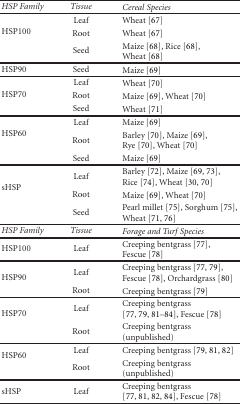
| HSP Family | Tissue | Cereal Species |
 | --- | --- | --- |
 | <ROWSPAN=3> HSP100 | Leaf | Wheat [67] |
 | Root | Wheat [67] |
 | Seed | Maize [68], Rice [68], Wheat [68] |
 | HSP90 | Seed | Maize [69] |
 | <ROWSPAN=3> HSP70 | Leaf | Wheat [70] |
 | Root | Maize [69], Wheat [70] |
 | Seed | Wheat [71] |
 | <ROWSPAN=3> HSP60 | Leaf | Maize [69] |
 | Root | Barley [70], Maize [69], Rye [70], Wheat [70] |
 | Seed | Maize [69] |
 | <ROWSPAN=3> sHSP | Leaf | Barley [72], Maize [69, 73], Rice [74], Wheat [30, 70] |
 | Root | Maize [69], Wheat [70] |
 | Seed | Pearl millet [75], Sorghum [75], Wheat [71, 76] |
 | HSP Family | Tissue | Forage and Turf Species |
 | HSP100 | Leaf | Creeping bentgrass [77], Fescue [78] |
 | <ROWSPAN=2> HSP90 | Leaf | Creeping bentgrass [77, 79], Fescue [78], Orchardgrass [80] |
 | Root | Creeping bentgrass [79] |
 | <ROWSPAN=2> HSP70 | Leaf | Creeping bentgrass [77, 79, 81–84], Fescue [78] |
 | Root | Creeping bentgrass (unpublished) |
 | <ROWSPAN=2> HSP60 | Leaf | Creeping bentgrass [79, 81, 82] |
 | Root | Creeping bentgrass (unpublished) |
 | sHSP | Leaf | Creeping bentgrass [77, 81, 82, 84], Fescue [78] |